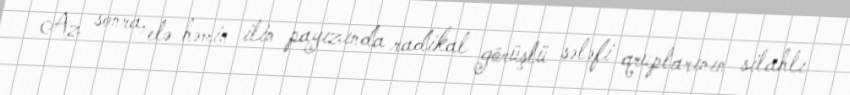
Az sonra, elə həmin ilin payızında radikal görüşlü sələfi qruplarının silahlı